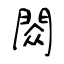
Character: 閦